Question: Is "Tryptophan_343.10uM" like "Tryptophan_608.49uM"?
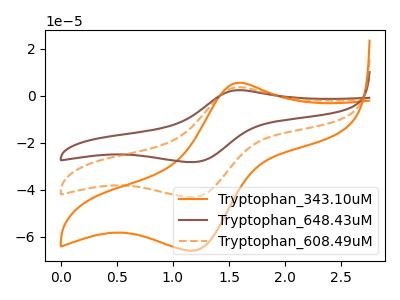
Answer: <think>The orange curve "Tryptophan_343.10uM" has an anodic peak at (1.60V, 5.55uA) and a cathodic peak at (1.15V, -66.05uA). The brown curve "Tryptophan_648.43uM" has an anodic peak at (1.60V, 7.25uA) and a cathodic peak at (1.15V, -86.50uA). The orange dashed curve "Tryptophan_608.49uM" has an anodic peak at (1.60V, 3.60uA) and a cathodic peak at (1.15V, -43.25uA).
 All the peaks in "Tryptophan_343.10uM" have a peak in "Tryptophan_608.49uM" at the same potential. Every peak in "Tryptophan_343.10uM" is higher than every peak in "Tryptophan_608.49uM".</think>
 <answer>"Tryptophan_343.10uM" and "Tryptophan_608.49uM" are similar in shape.</answer>
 <eval>same_shape</eval>